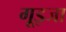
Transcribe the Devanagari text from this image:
गूइजा